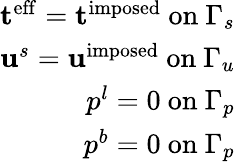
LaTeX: \begin{array}{r}{\mathbf{t}^{\mathrm{eff}}=\mathbf{t}^{\mathrm{imposed}}~\mathrm{on}~\Gamma_{s}}\\ {\mathbf{u}^{s}=\mathbf{u}^{\mathrm{imposed}}~\mathrm{on}~\Gamma_{u}}\\ {p^{l}=0~\mathrm{on}~\Gamma_{p}}\\ {p^{b}=0~\mathrm{on}~\Gamma_{p}}\end{array}